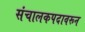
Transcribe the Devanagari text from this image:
संचालकपदावरून